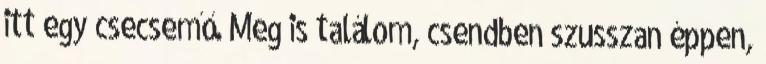
itt egy csecsemő. Meg is találom, csendben szusszan éppen,